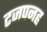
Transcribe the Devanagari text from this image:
टजपनह